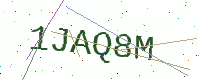
Text: 1JAQ8M